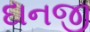
દાનજી